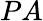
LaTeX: PA